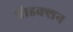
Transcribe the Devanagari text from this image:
प्रॅाडक्शन